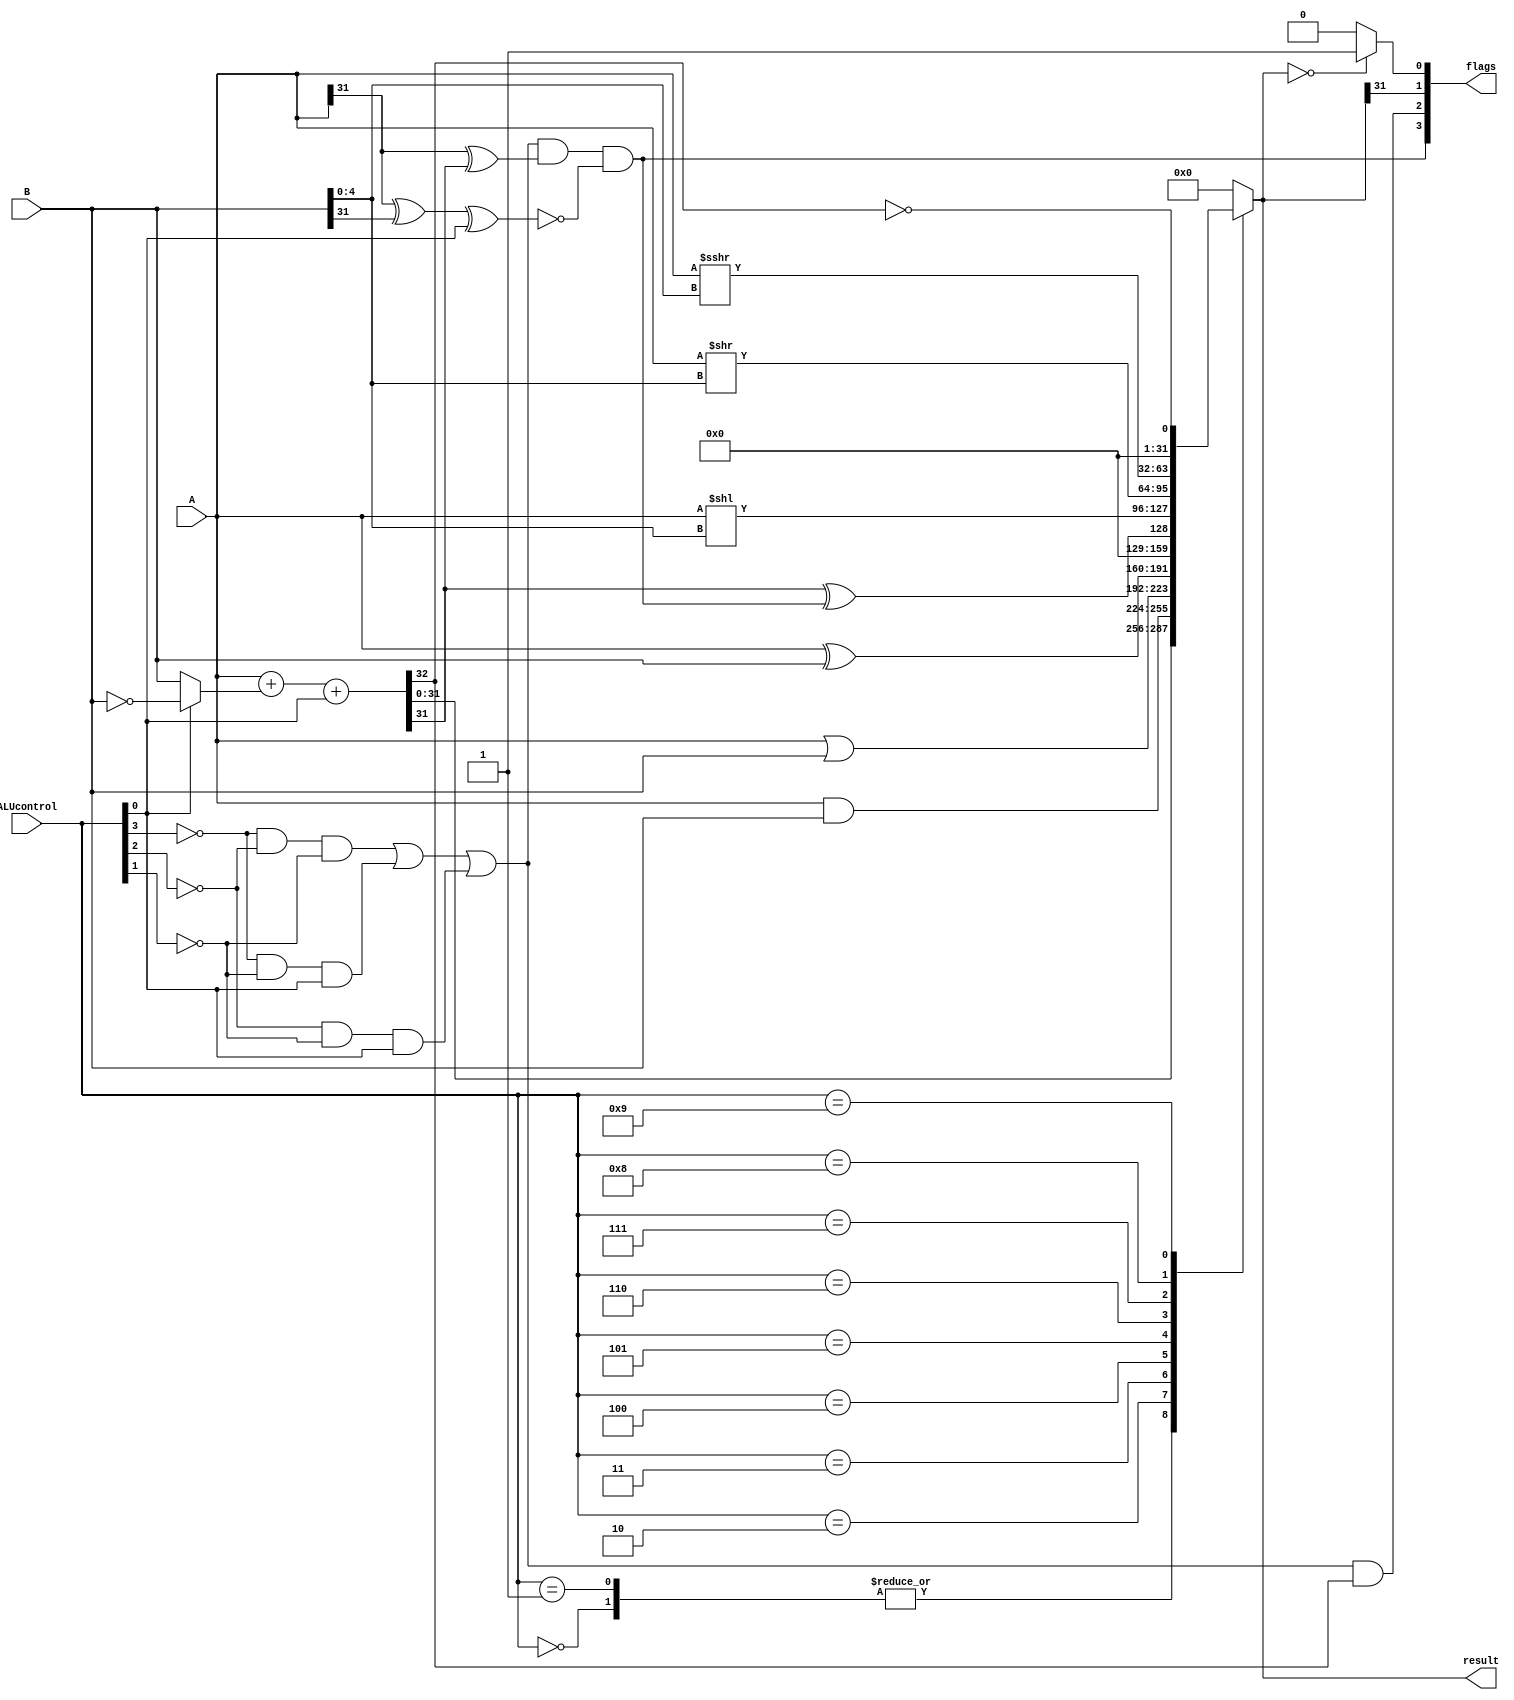
module ALU(A,B,ALUcontrol,result,flags);

   input [31:0] A;
   input [31:0] B;
   input [3:0] 	ALUcontrol;
   output reg [31:0] result;
   output [3:0] flags;  // vcnz
   
	wire [31:0] invB;
	wire [31:0] sum;
	wire			cout;
	wire			assl;  // add sub or set less than
	
	assign invB = ALUcontrol[0] ? ~B : B;
	assign {cout, sum} = A + invB + ALUcontrol[0];
	
	always @(*) begin
		case(ALUcontrol)
			4'b0000	:	result = sum;
			4'b0001	:	result = sum;
			4'b0010	:	result = A & B;
			4'b0011	:	result = A | B;
			4'b0100	:	result = A ^ B;
			4'b0101	:	result = sum[31] ^ flags[3];
			4'b0110	:	result = A << B[4:0];
			4'b0111	:	result = A >> B[4:0];
			4'b1000	:	result = $signed(A) >>> B[4:0];
			4'b1001	:	result = {31'b0, ~cout};
			default	:	result = 0;
		endcase
	end

	assign assl = (~ALUcontrol[3] & ~ALUcontrol[2] & ~ALUcontrol[1]) | (~ALUcontrol[3] & ~ALUcontrol[1] & ALUcontrol[0]) | (~ALUcontrol[2] & ~ALUcontrol[1] & ALUcontrol[0]);
	
//	v
	assign flags[3] = assl & (A[31] ^ sum[31]) & ~(A[31] ^ B[31] ^ ALUcontrol[0]);
//	c
	assign flags[2] = assl & cout;
	
//	n
	assign flags[1] = result[31];

//	z
	assign flags[0] = (result == 32'b0) ? 1'b1 : 1'b0;
	

	

	
endmodule